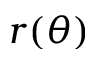
r ( \theta )